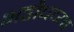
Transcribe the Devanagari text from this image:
भडौचच्या